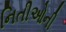
નિતીઓની